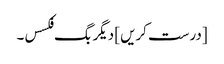
[درست کریں] دیگر بگ فکسس۔